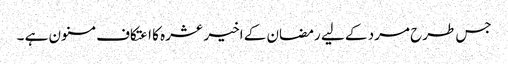
جس طرح مرد کے لیے رمضان کے اخیر عشرہ کا اعتکاف مسنون ہے ۔